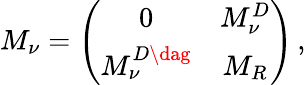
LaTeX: M_{\nu}=\left(\begin{array}{cc}{{0}}&{{M_{\nu}^{D}}}\\ {{M_{\nu}^{D\dag}}}&{{M_{R}}}\end{array}\right)\, ,